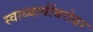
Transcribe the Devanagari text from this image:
स्वाध्यायींबरोबर